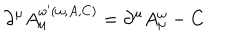
LaTeX: \partial ^ { \mu } A _ { \mu } ^ { \omega ^ { \prime } ( \omega , A , C ) } = \partial ^ { \mu } A _ { \mu } ^ { \omega } - C